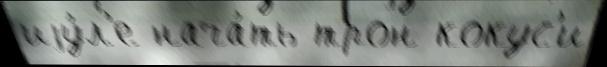
иjу́л'е нача́ть трон кокус'и